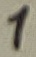
Text: 1